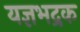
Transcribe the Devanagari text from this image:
यज्ञभद्रक